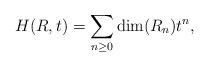
LaTeX: \begin{align*}H(R,t)=\sum_{n\geq 0}\dim(R_n)t^n,\end{align*}